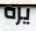
يره